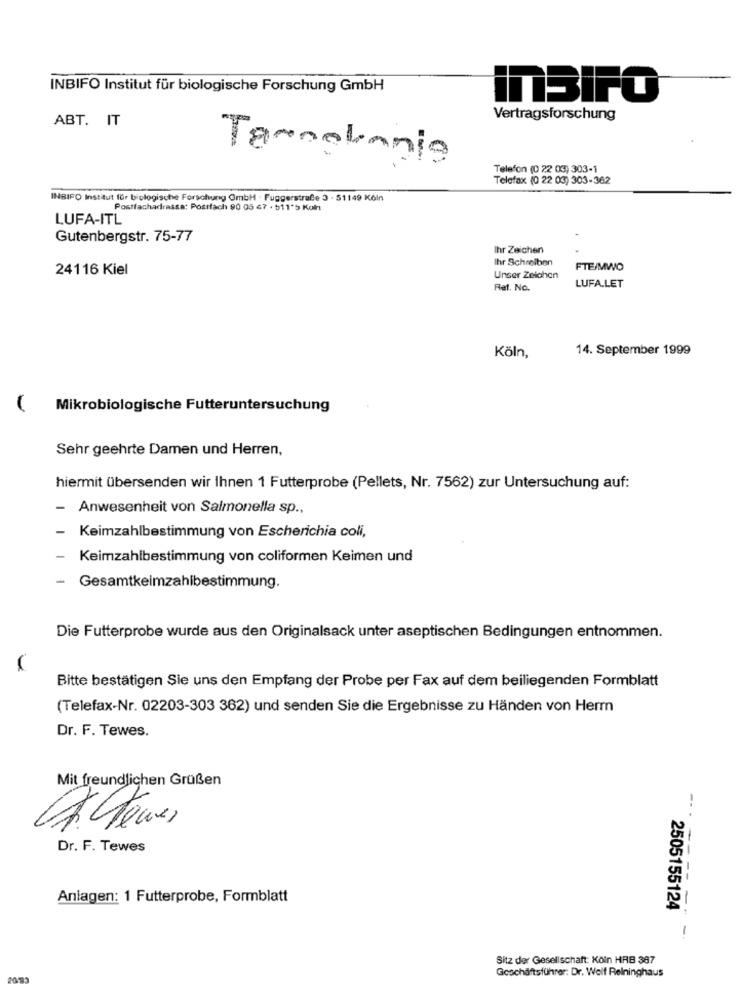
INBIFO Institut für biologische Forschung GmbH
InSIPO
ABT. IT
Vertragsforschung
Tarnelania
Telefon (0 22 03) 303-1
Telefax (0 22 03) 303-362
INBIFO Institut für biologische Forschung GmbH · Fuggerstraße 3 - 51149 Köln
Postfachadressa: Postfach 90 05 67 . 511'5 Koln
LUFA-ITL
Gutenbergstr. 75-77
Ihr Zeichen
Ihr Schreiben
24116 Kiel
FTE/MWO
Unser Zeichen
Ref. No.
LUFA.LET
14. September 1999
Köln,
Mikrobiologische Futteruntersuchung
Sehr geehrte Damen und Herren,
hiermit übersenden wir Ihnen 1 Futterprobe (Pellets, Nr. 7562) zur Untersuchung auf:
-
Anwesenheit von Salmonella sp .,
-
Keimzahlbestimmung von Escherichia coli,
Keimzahlbestimmung von coliformen Keimen und
-
Gesamtkeimzahlbestimmung.
Die Futterprobe wurde aus den Originalsack unter aseptischen Bedingungen entnommen.
Bitte bestätigen Sie uns den Empfang der Probe per Fax auf dem beiliegenden Formblatt
(Telefax-Nr. 02203-303 362) und senden Sie die Ergebnisse zu Händen von Herrn
Dr. F. Tewes.
Mit freundlichen Grüßen
--
Dr. F. Tewes
Anlagen: 1 Futterprobe, Formblatt
2505155124
-
Sitz der Gesellschaft: Köln HAB 387
20193
Geschäftsführer: Dr. Wolf Relninghaus